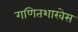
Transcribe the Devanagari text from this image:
गणितशाखेस